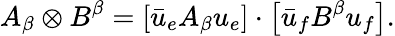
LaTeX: A_{\beta}\otimes B^{\beta}=\left[\bar{u}_{e}A_{\beta}u_{e}\right]\cdot\left[\bar{u}_{f}B^{\beta}u_{f}\right].